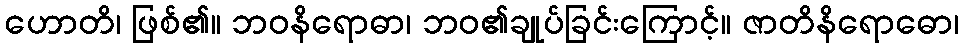
ဟောတိ၊ ဖြစ်၏။ ဘဝနိရောဓာ၊ ဘဝ၏ချုပ်ခြင်းကြောင့်။ ဇာတိနိရောဓော၊